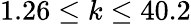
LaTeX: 1.26\leq k\leq 40.2